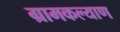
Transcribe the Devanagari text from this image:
ग्रामकल्याण